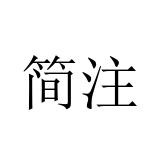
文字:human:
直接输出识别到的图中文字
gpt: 简注